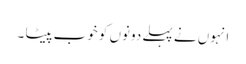
انہوں نے پہلے دونوں کو خوب پیٹا ۔